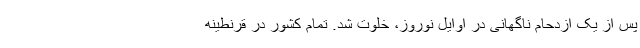
پس از یک ازدحام ناگهانی در اوایل نوروز، خلوت شد. تمام کشور در قرنطینه